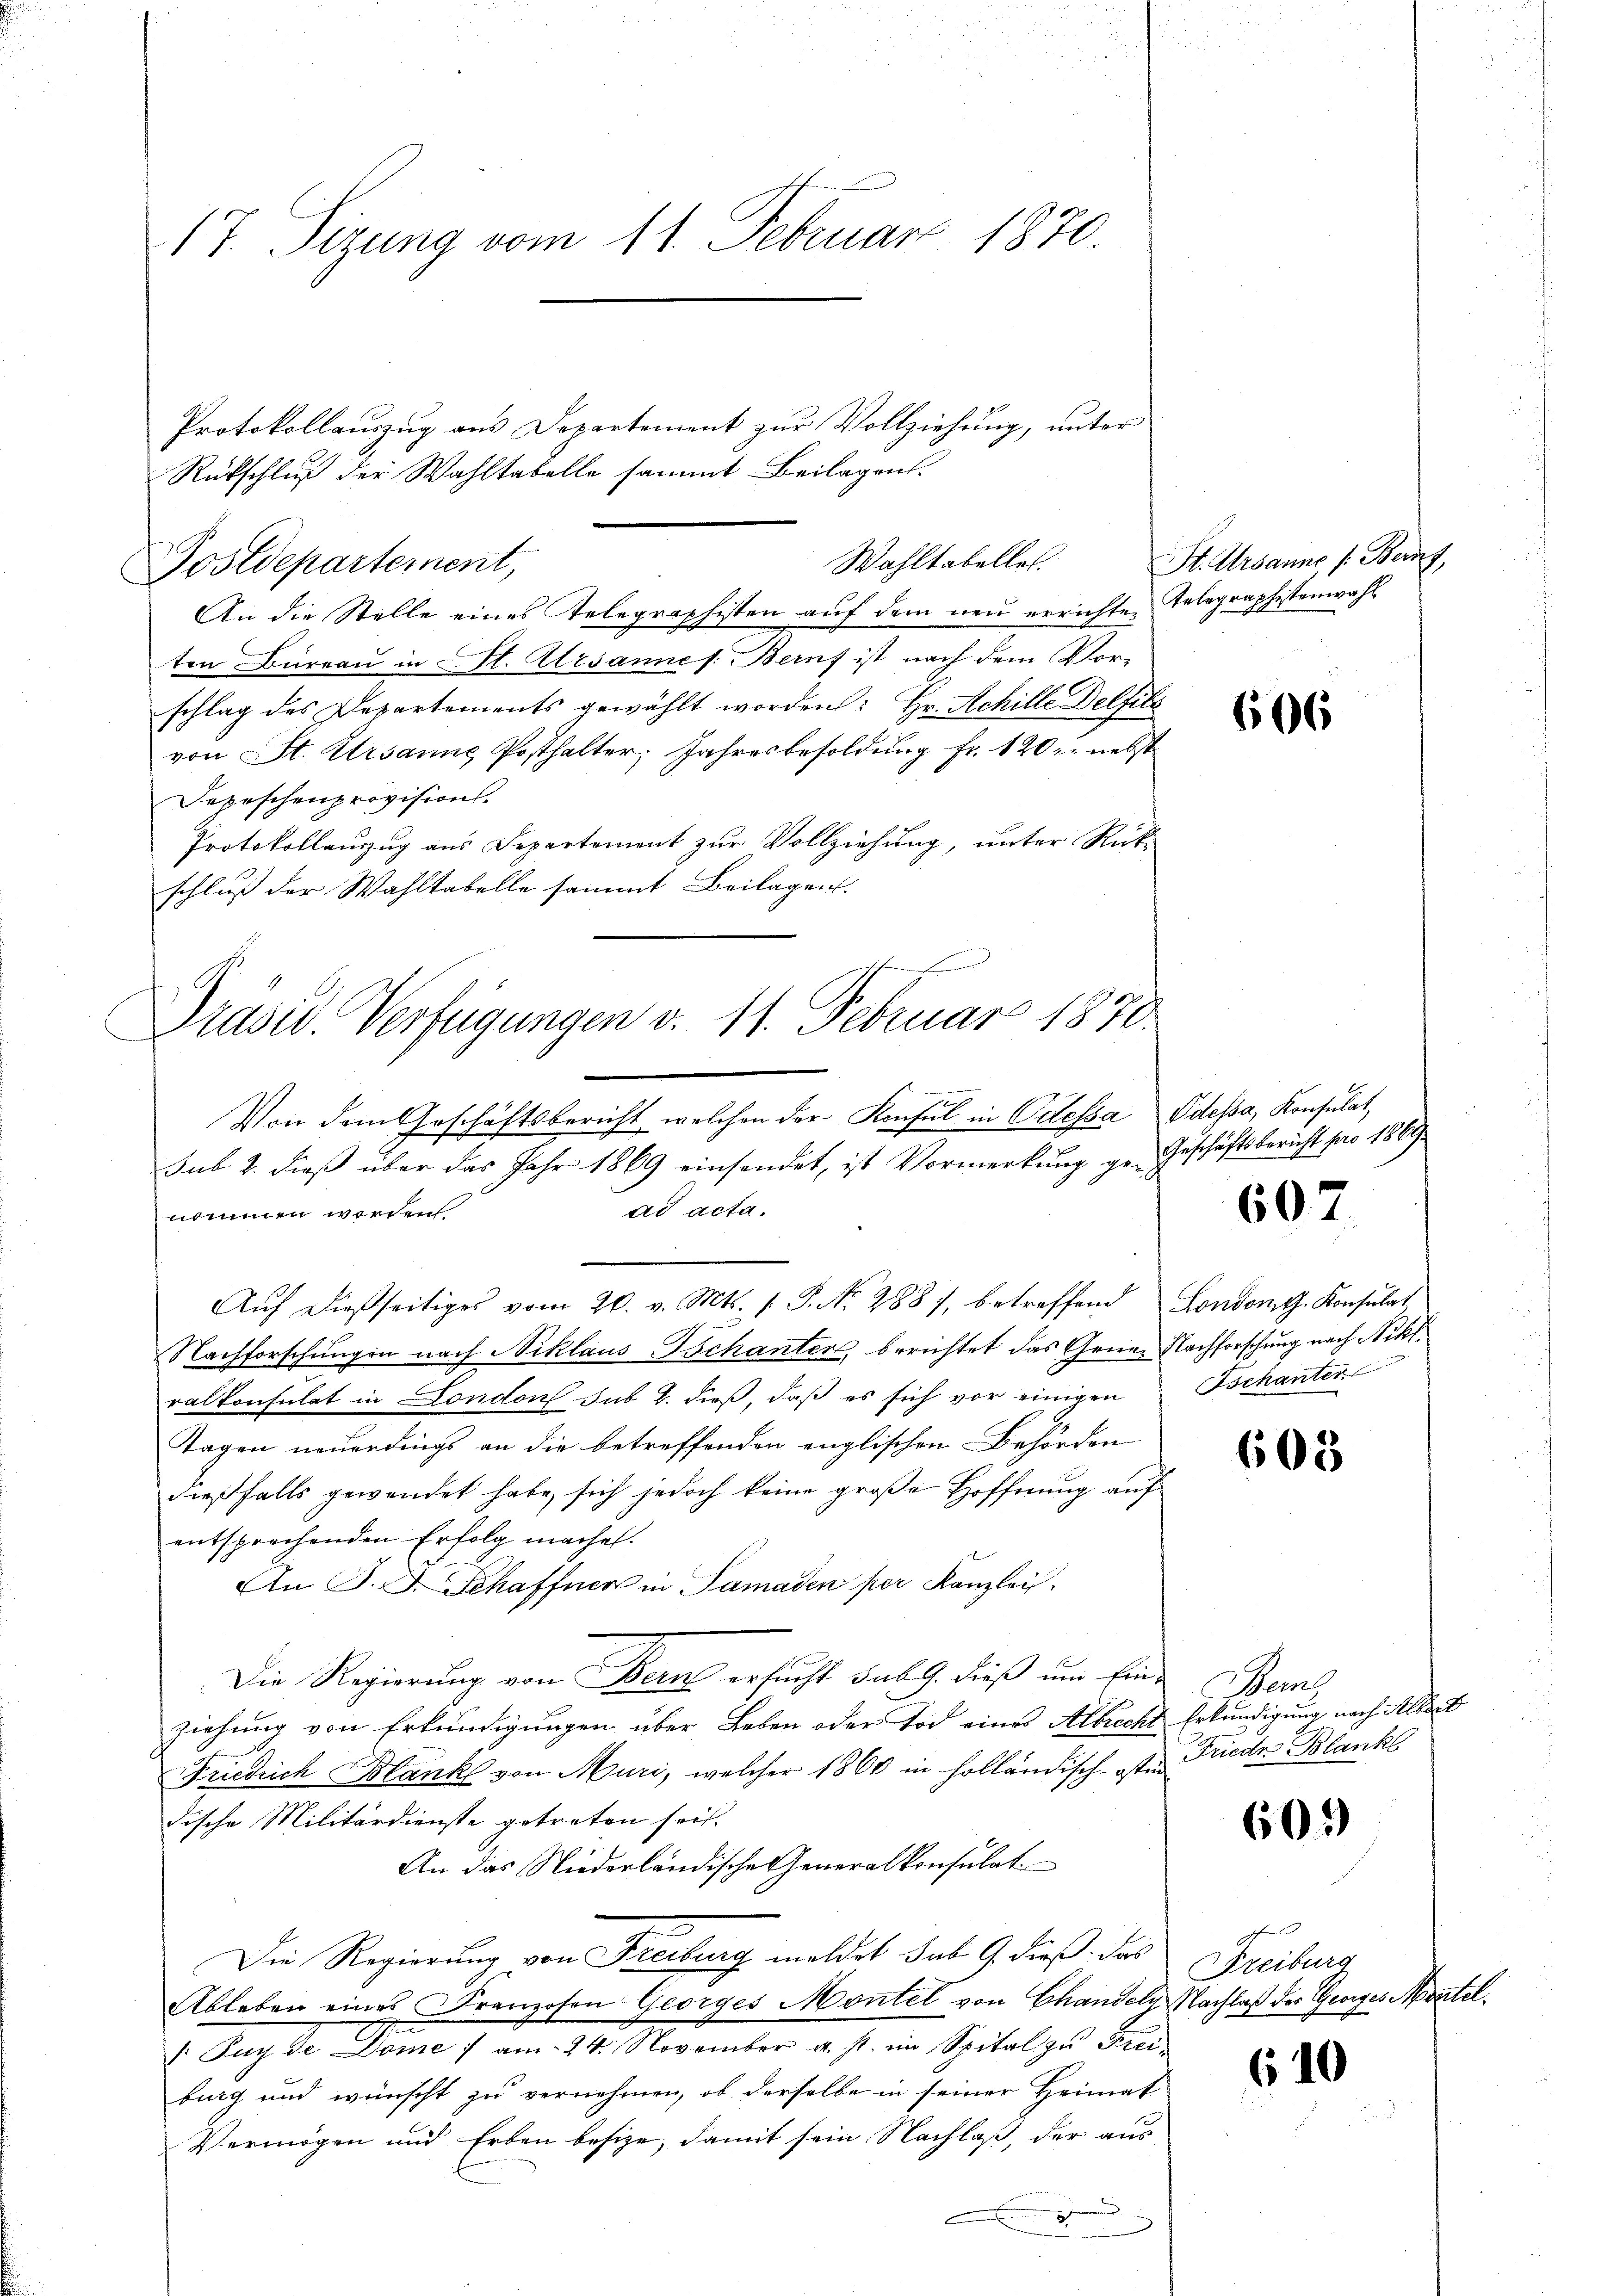
17. Sizung vom 11. Februar 1870.

Protokollauszug aus Departement zur Vollziehung, unter
Rückschluß der Wahltabelle sammt Beilagen.
An die Stelle eines Telegraphisten aŭf dem neŭ errichten Telegraphistenwahl
ten Büreaŭ in u. St. Alesannes: Berns ist nach dem Vorschlag des Departements gewählt worden: Hr. Schille Delfilz
von St. Ursanne Posthalter, Jahresbesoldung Fr. 120 nebst
Depeschenprovision.
Protokollauszug aus Departement zur Vollziehung, unter Rück-
schluß der Wahltabelle sammt Beilagen.
.

Postdepartement,

Präsid. Verfügungen v. 11. Februar 1870.
Von dem Geschäftsbericht, welchen der Konsul in Odessa Odessa, Konsulat
sub. 2. dieß über das Jahr 1869 einsendet, ist Vormerkung ge- Geschäftsbericht pro 1869

Wahltabelles.

ad acta.
nommen werden
Aŭf dießseitiges vom 20. v. Mts. s. S. Nr. 2887, betreffend London dh. Konsulat
Nachforschungen nach Niklaus Tschanter berichtet das Gener Nachforschung nach Nikl
ralkonsulat in London sub b. dieß, daß es sich vor einigen Bschanter
Tagen neuerdings an die betreffenden englischen Behörden
dießfalls gewendet habe, sich jedoch keine große Hoffnung auf
entsprechenden Erfolg machen.
An J. J. Schaffner in Samaden per Kanzlei,
Die Regierung von Bern ersucht sub. 9. dieß um Einziehung von Erkundigungen über Leben oder Tod eines Albrecht Erkundigung nach Albert
Friedrich Blank von Muri, welcher 1860 in holländisch ist Friedr. Blanks
dische Militärdienste getreten sei.
An das Niederländische Generalkonsulat
Die Regierung von Freibung meldet sub 9 dieß das
Ableben eines Franzosen Georges Montel von Chandeln. Nachlaß des Georges Mostel¬
Fuy de Dome 1 am 24. November v. Js. im Spital zu Fier
burg und wünscht zu vernehmen, ob derselbe in seiner Heimat
Vermögen und Erben besize, damit sein Nachlaß, der aus
 im

St. Ursanne s. Bern,

606

607

605

Wen

605

Freiburg

610